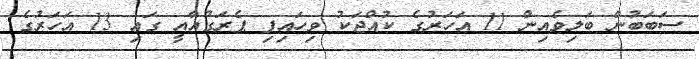
ސަބަބުން ބަލިވެއިން 11 އަހަރުގެ ކުއްޖަކު ވިހައިފި ޕެރަގުއާއީ ގައި 13 އަހަރުގެ